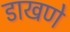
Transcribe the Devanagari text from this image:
डाखणे